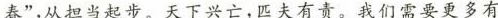
春”，从担当起步。天下兴亡，匹夫有责。我们需要更多有